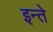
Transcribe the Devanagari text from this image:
इन्ते